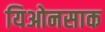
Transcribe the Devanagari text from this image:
यिओनसाक